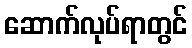
ဆောက်လုပ်ရာတွင်